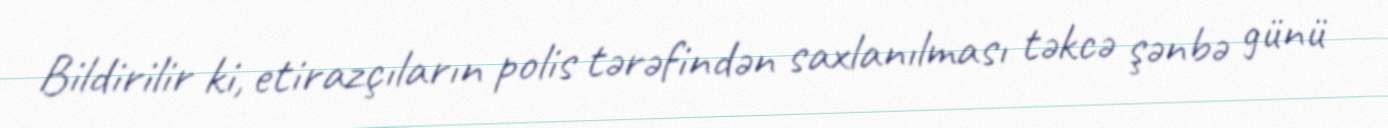
Bildirilir ki, etirazçıların polis tərəfindən saxlanılması təkcə şənbə günü